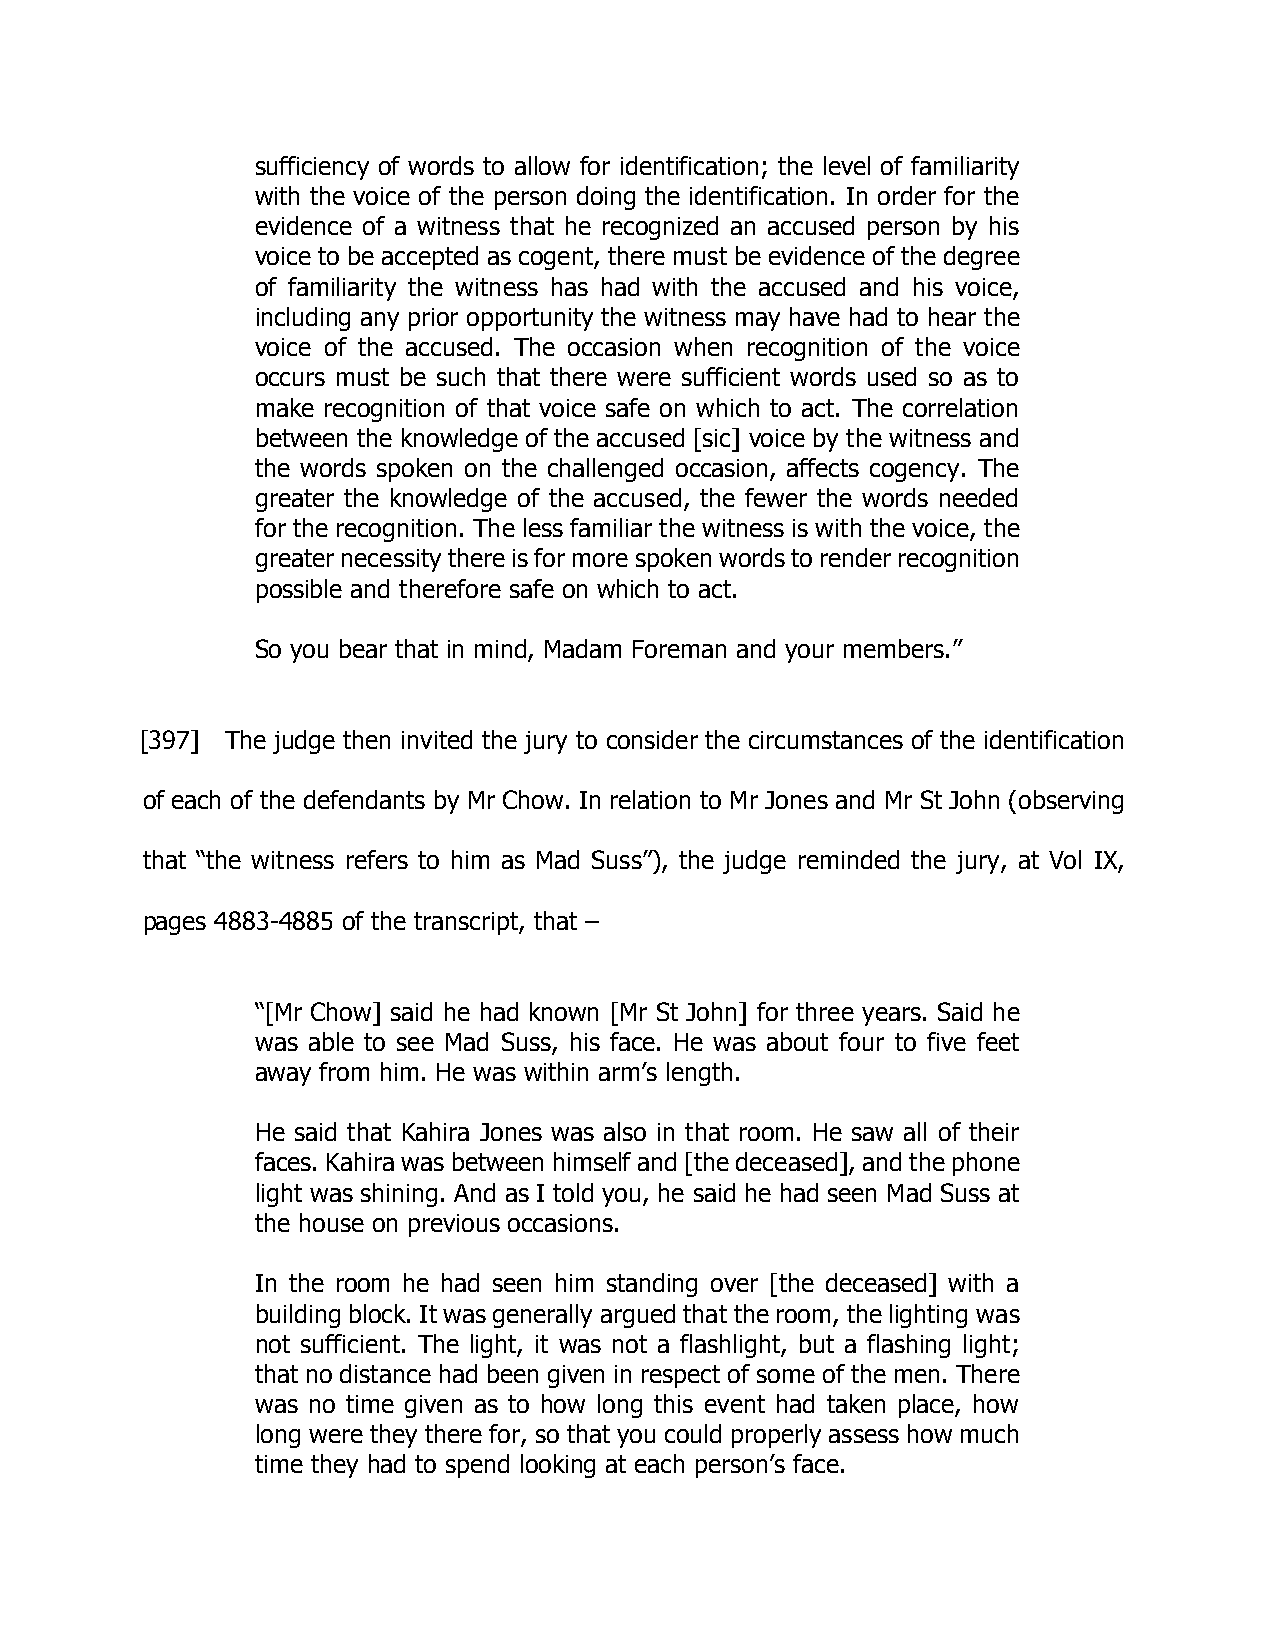
sufficiency of words to allow for identification; the level of familiarity
 with the voice of the person doing the identification. In order for the
 evidence of a witness that he recognized an accused person by his
 voice to be accepted as cogent, there must be evidence of the degree
 of familiarity the witness has had with the accused and his voice,
 including any prior opportunity the witness may have had to hear the
 voice of the accused. The occasion when recognition of the voice
 occurs must be such that there were sufficient words used so as to
 make recognition of that voice safe on which to act. The correlation
 between the knowledge of the accused [sic] voice by the witness and
 the words spoken on the challenged occasion, affects cogency. The
 greater the knowledge of the accused, the fewer the words needed
 for the recognition. The less familiar the witness is with the voice, the
 greater necessity there is for more spoken words to render recognition
 possible and therefore safe on which to act.
 So you bear that in mind, Madam Foreman and your members.”
 [397] The judge then invited the jury to consider the circumstances of the identification
 of each of the defendants by Mr Chow. In relation to Mr Jones and Mr St John (observing
 that “the witness refers to him as Mad Suss”), the judge reminded the jury, at Vol IX,
 pages 4883-4885 of the transcript, that –
 “[Mr Chow] said he had known [Mr St John] for three years. Said he
 was able to see Mad Suss, his face. He was about four to five feet
 away from him. He was within arm’s length.
 He said that Kahira Jones was also in that room. He saw all of their
 faces. Kahira was between himself and [the deceased], and the phone
 light was shining. And as I told you, he said he had seen Mad Suss at
 the house on previous occasions.
 In the room he had seen him standing over [the deceased] with a
 building block. It was generally argued that the room, the lighting was
 not sufficient. The light, it was not a flashlight, but a flashing light;
 that no distance had been given in respect of some of the men. There
 was no time given as to how long this event had taken place, how
 long were they there for, so that you could properly assess how much
 time they had to spend looking at each person’s face.